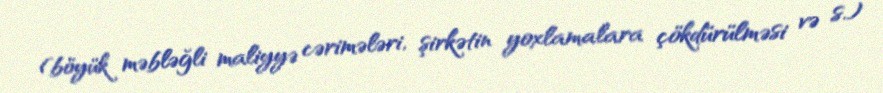
(böyük məbləğli maliyyə cərimələri, şirkətin yoxlamalara çökdürülməsi və s.)